Laidoner,_Johan, lk 58
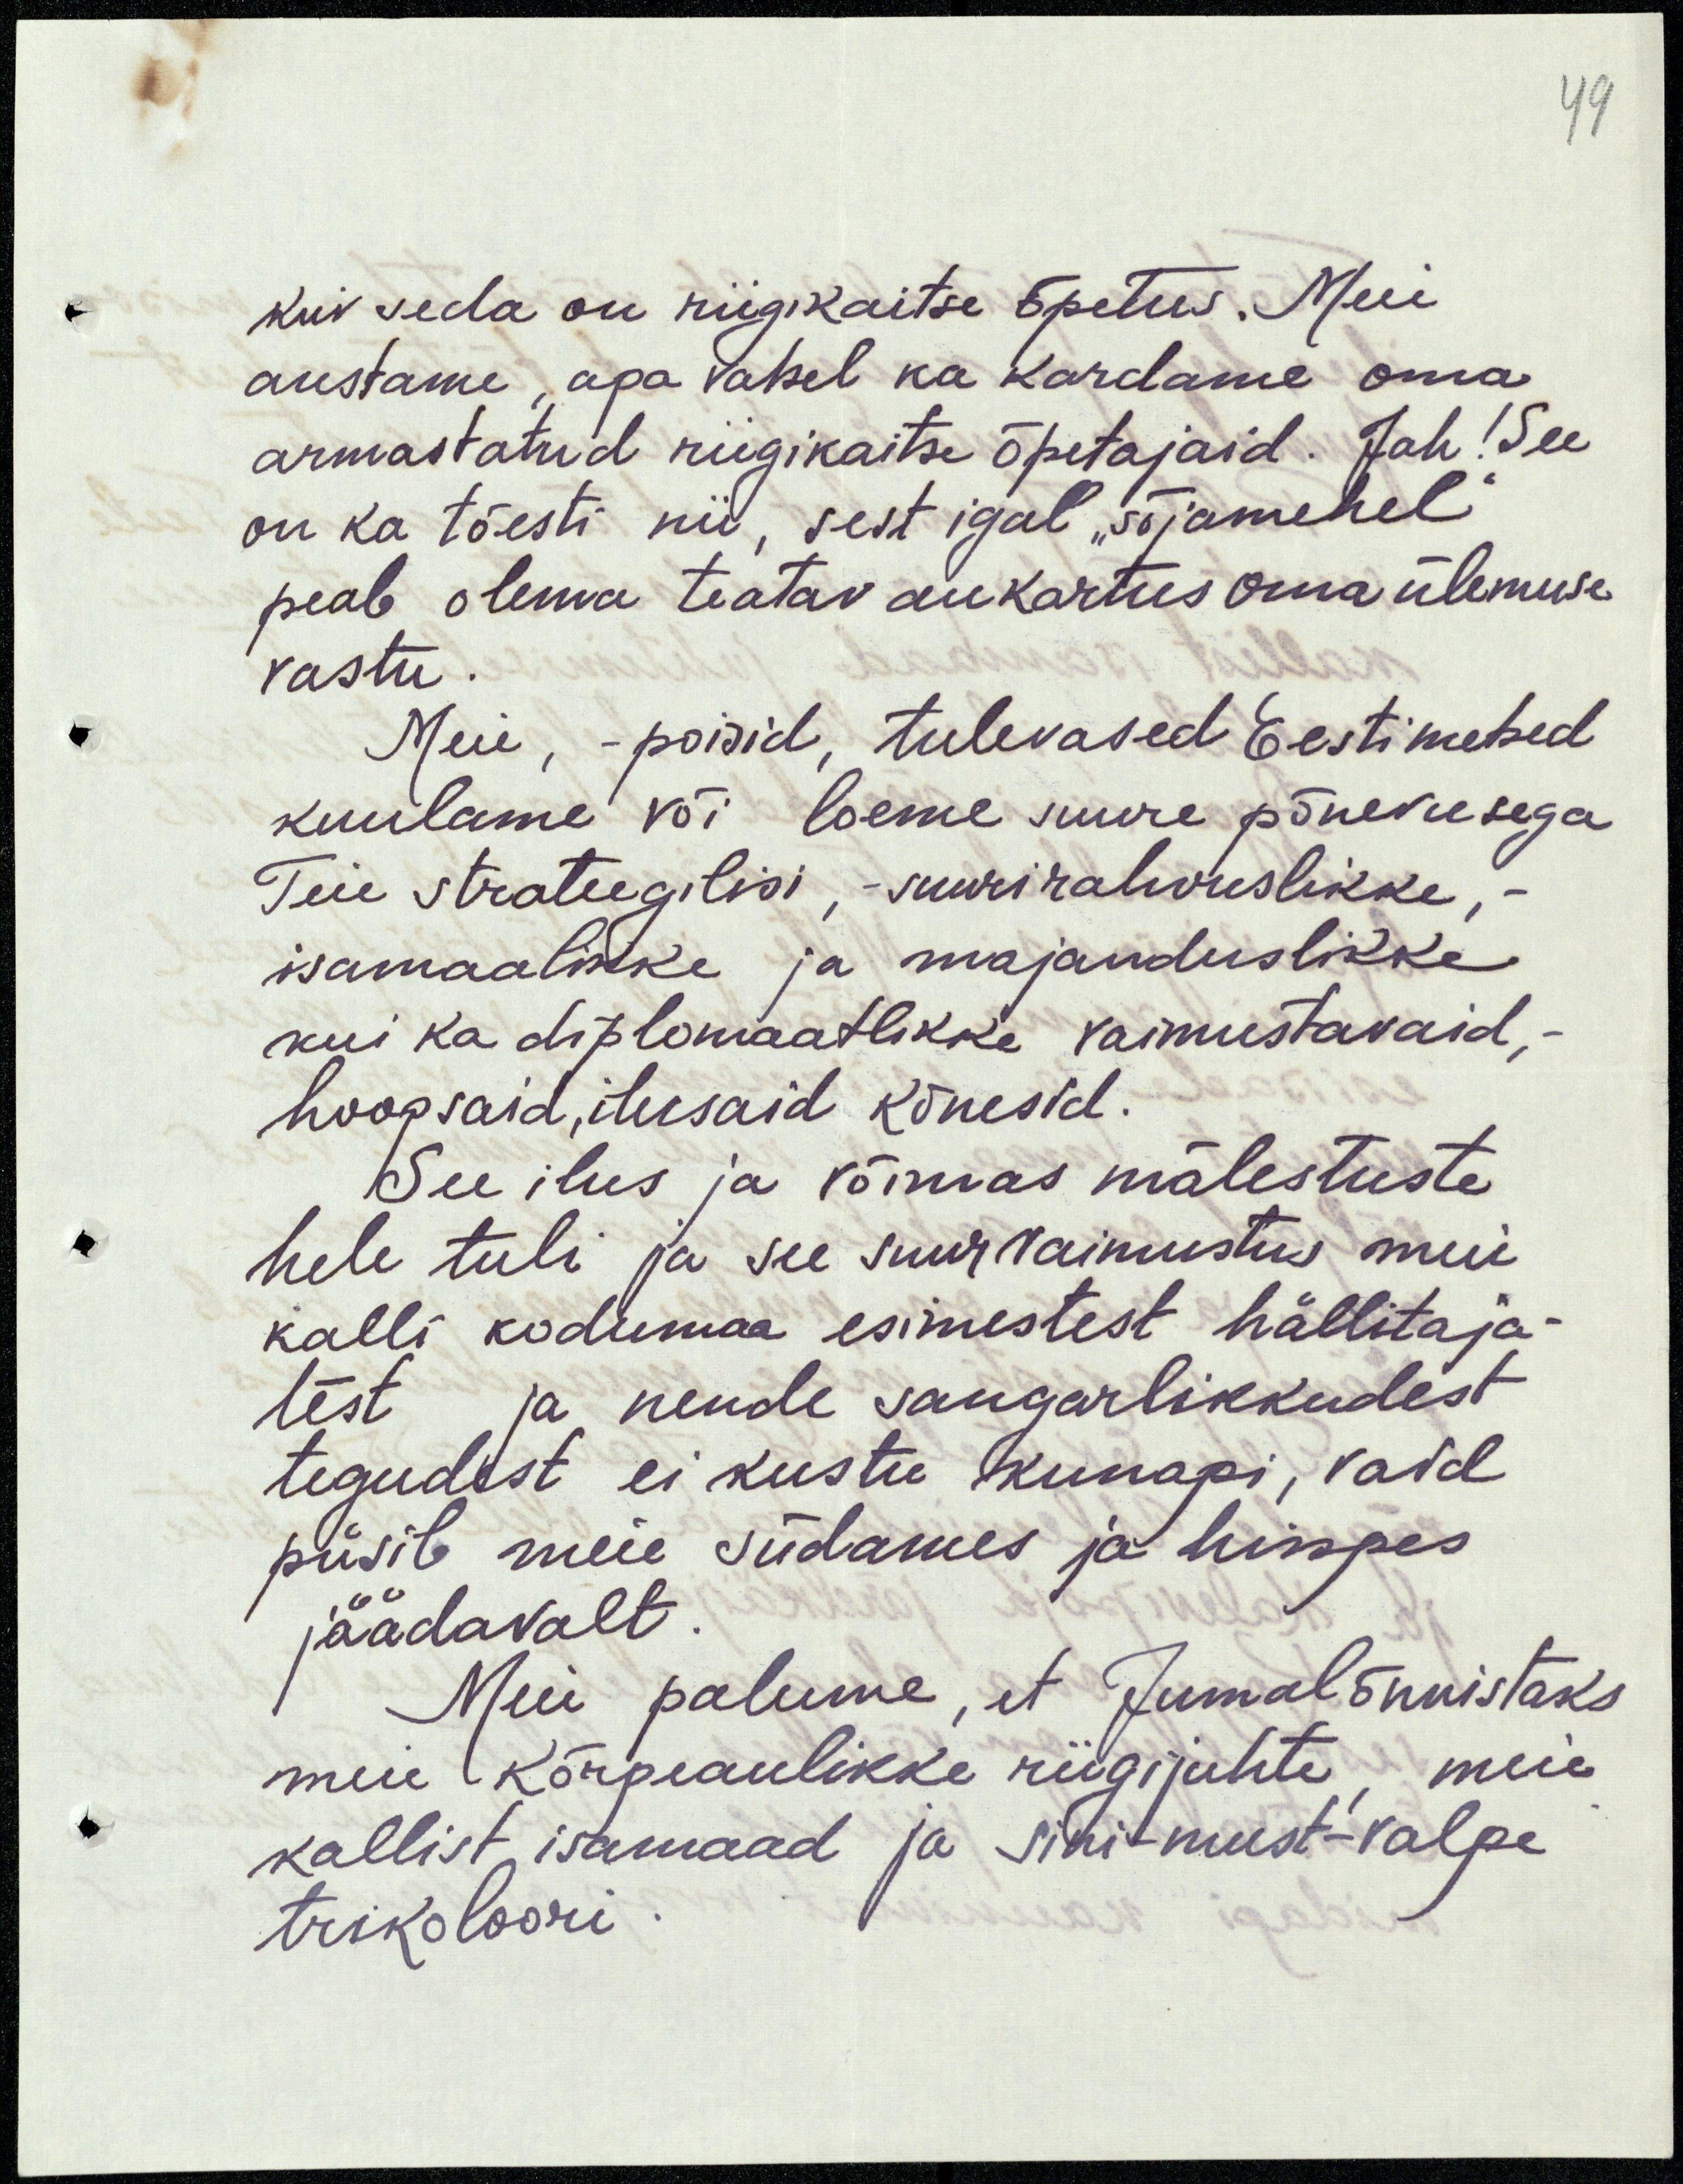
49

kui seda on riigikaitse õpetus. Meie
austame, aga vahel ka kardame oma
armastatud riigikaitse õpetajaid. Jah! See
on ka tõesti nii, sest igal "sõjamehel"
peab olema teatav aukartus oma ülemuse
vastu.
Meie, - poisid, tulevased Eestimehed
kuulame või loeme suure põnevusega
Teie strateegilisi, -suuri rahvuslikke,
isamaalikke ja majanduslikke
kui ka diplomaatlikke vaimustavaid,
hoogsaid, ilusaid kõnesid.
See ilus ja võimas mälestuste
hele tuli ja see suur vaimustus meie
kalli kodumaa esimestest hällitaja
test ja nende sangarlikkudest
tegudest ei kustu kunagi, vaid
püsib meie südames ja hinges
jäädavalt.
Meie palume, et Jumal õnnistaks
meie kõrgeaulikke riigijuhte, meie
kallist isamaad ja sini-must-valge
trikoloori.